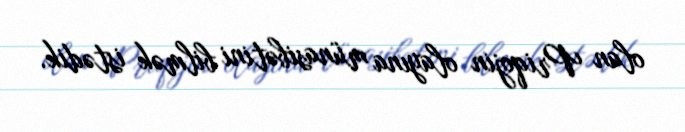
olan Priqojin olayına münasibətini bilmək istədik.